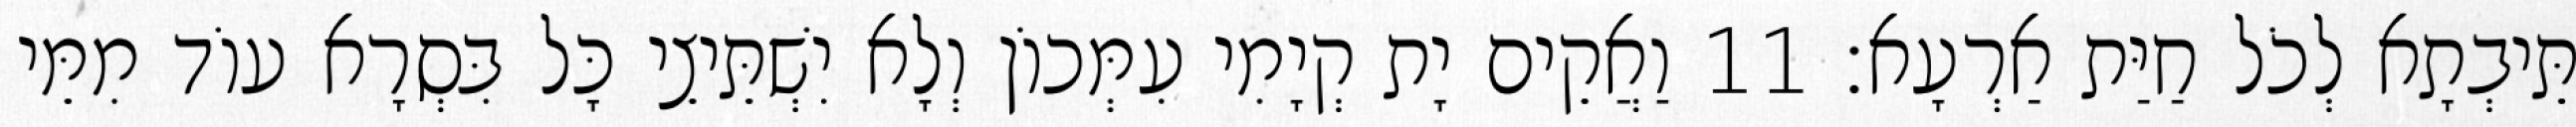
תֵּיבְתָא לְכֹל חַיַּת אַרְעָא׃ 11 וַאֲקֵים יָת קְיָמִי עִמְּכוֹן וְלָא יִשְׁתֵּיצֵי כָּל בִּסְרָא עוֹד מִמֵּי